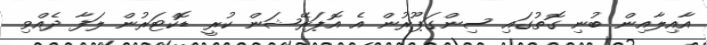
އާއިލާއިން ބުނި ގޮތުގައި ސިންގަޕޫރުން އެ އޮޕަރޭޝަން ކުރީ ޑޮކްޓަރުން ލަފާ ދެއްވި